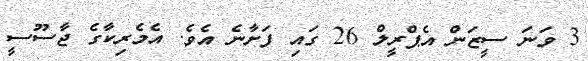
3 ވަނަ ސީޒަން އެޕްރީލް 26 ގައި ފަށާނެ އެވެ. އެމެރިކާގެ ޖާސޫސީ